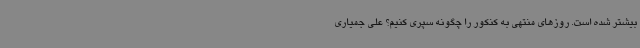
بیشتر شده است. روزهای منتهی به کنکور را چگونه سپری کنیم؟ علی جمیاری